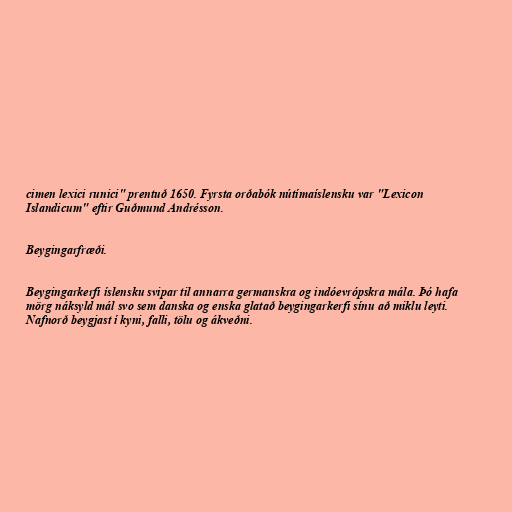
cimen lexici runici" prentuð 1650. Fyrsta orðabók nútímaíslensku var "Lexicon
Islandicum" eftir Guðmund Andrésson.

Beygingarfræði.

Beygingarkerfi íslensku svipar til annarra germanskra og indóevrópskra mála. Þó hafa
mörg náksyld mál svo sem danska og enska glatað beygingarkerfi sínu að miklu leyti.
Nafnorð beygjast í kyni, falli, tölu og ákveðni.